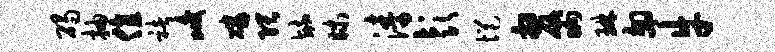
碣抽值褚峻磷隈毓昧涛彭悒嫠晌琳翅牛